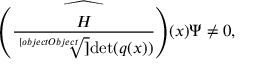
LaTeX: { \widehat { \left( { \frac { H } { \sqrt [ [object Object] ] { \operatorname* { d e t } ( q ( x ) ) } } } \right) } } ( x ) \Psi \not = 0 ,